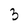
Character: 3